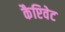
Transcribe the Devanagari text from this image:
कैप्टिवेट